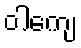
ဝါကျေ